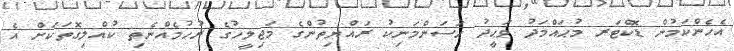
އެހެންކަމުން ޑޮކްޓަރ މުޙައްމަދު ވަޙީދު ޙަސަންމަނިކު ރައްޔިތުންގެ މަޖިލީހުގެ ރުހުމެއްނެތި ކުއްލިގޮތަކަށް އެ